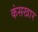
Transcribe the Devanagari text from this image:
कंसखार